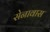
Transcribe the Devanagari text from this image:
सेनावास